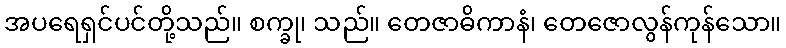
အပရေရှင်ပင်တို့သည်။ စက္ခု၊ သည်။ တေဇာဓိကာနံ၊ တေဇောလွန်ကုန်သော။